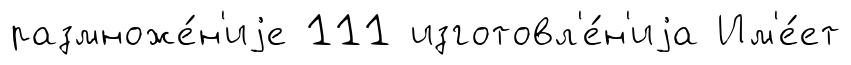
размноже́н'иjе 111 изготовл'е́н'иjа Им'е́ет